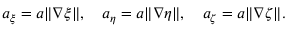
a _ { \xi } = a \| \nabla \xi \| , \quad a _ { \eta } = a \| \nabla \eta \| , \quad a _ { \zeta } = a \| \nabla \zeta \| .